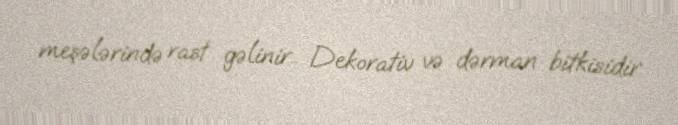
meşələrində rast gəlinir.. Dekorativ və dərman bitkisidir.